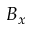
B _ { x }